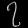
Digit: ၇